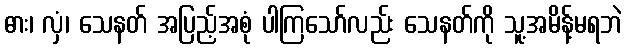
ဓား၊ လှံ၊ သေနတ် အပြည့်အစုံ ပါကြသော်လည်း သေနတ်ကို သူ့အမိန့်မရဘဲ